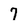
Character: 7